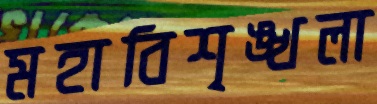
মহাবিশৃঙ্খলা